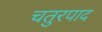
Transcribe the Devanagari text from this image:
चतुरपाद